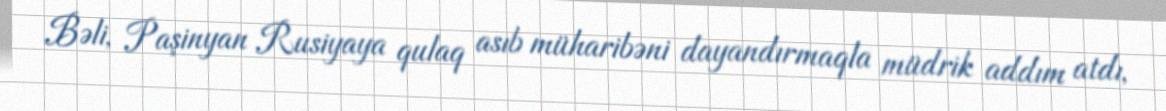
Bəli, Paşinyan Rusiyaya qulaq asıb müharibəni dayandırmaqla müdrik addım atdı,